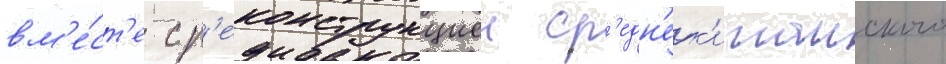
вм'е́ст'е с р'еконструкциеи ср'едн'ек'итаиского